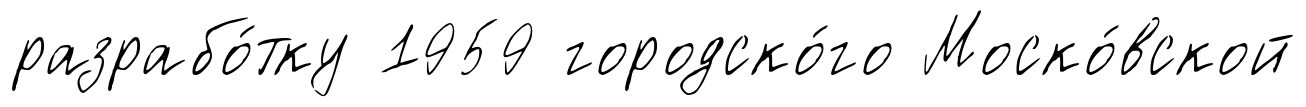
разрабо́тку 1959 городско́го Моско́вской